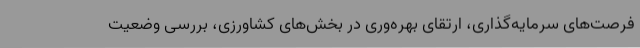
فرصت‌های سرمایه‌گذاری، ارتقای بهره‌وری در بخش‌های کشاورزی، بررسی وضعیت